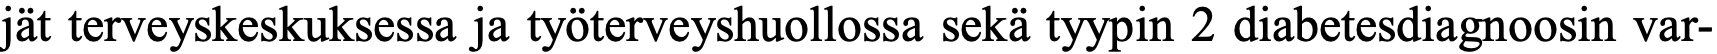
jät terveyskeskuksessa ja työterveyshuollossa sekä tyypin 2 diabetesdiagnoosin var-